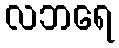
လဘရေ